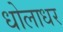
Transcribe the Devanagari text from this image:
धोलाधर